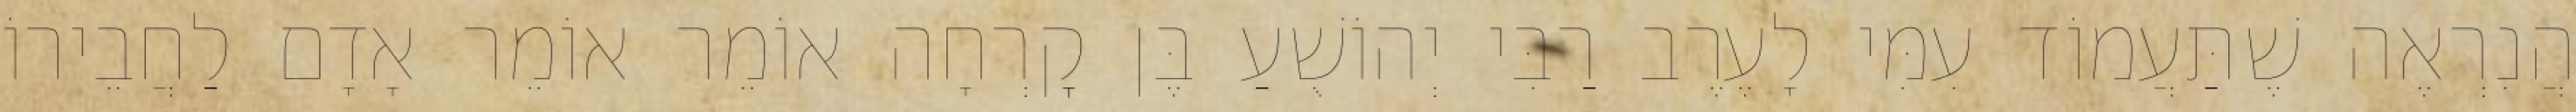
הֲנִרְאֶה שֶׁתַּעֲמוֹד עִמִּי לָעֶרֶב רַבִּי יְהוֹשֻׁעַ בֶּן קׇרְחָה אוֹמֵר אוֹמֵר אָדָם לַחֲבֵירוֹ